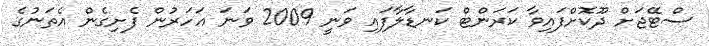
ސްޓޭޖަށް ދޫކޮށްފައިވާ ކަރަންޓް ކަނޑާލާފައި ވަނީ 2009 ވަނަ އަހަރުން ފެށިގެން އެތަނުގެ